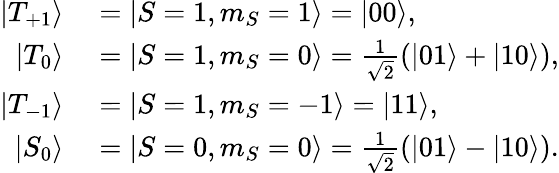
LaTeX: \begin{array}{rl}{\vert{T_{+1}}\rangle}&{{}=\vert{S=1,m_{S}=1}\rangle=\vert{00}\rangle,}\\ {\vert{T_{0}}\rangle}&{{}=\vert{S=1,m_{S}=0}\rangle=\frac{1}{\sqrt{2}}(\vert{01}\rangle+\vert{10}\rangle),}\\ {\vert{T_{-1}}\rangle}&{{}=\vert{S=1,m_{S}=-1}\rangle=\vert{11}\rangle,}\\ {\vert{S_{0}}\rangle}&{{}=\vert{S=0,m_{S}=0}\rangle=\frac{1}{\sqrt{2}}(\vert{01}\rangle-\vert{10}\rangle).}\end{array}